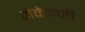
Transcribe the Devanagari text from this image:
मैकेन्जी